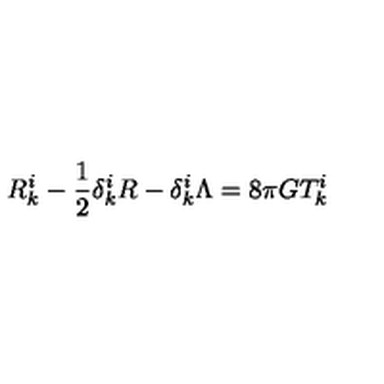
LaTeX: R _ { k } ^ { i } - \frac { 1 } { 2 } \delta _ { k } ^ { i } R - \delta _ { k } ^ { i } \Lambda = 8 \pi G T _ { k } ^ { i }